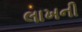
લાખની